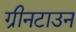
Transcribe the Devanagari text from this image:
ग्रीनटाउन